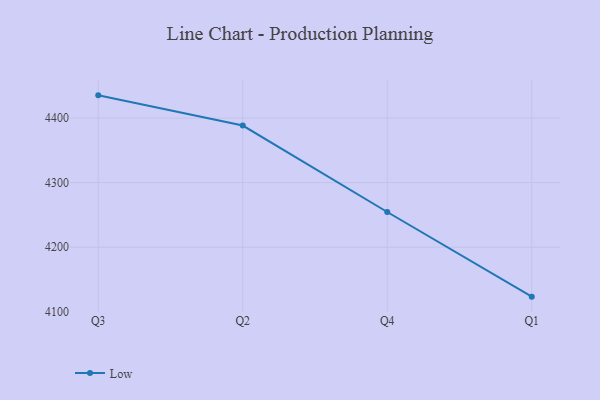
{"axis": {"x": "Quarter", "y": "Bounce Rate (%)"}, "legend": ["Low"], "data": [{"x": "Q3", "y": 4435.3, "type": "Low"}, {"x": "Q2", "y": 4388.5, "type": "Low"}, {"x": "Q4", "y": 4254.5, "type": "Low"}, {"x": "Q1", "y": 4123.3, "type": "Low"}]}